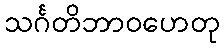
သင်္ဂတိဘာဝဟေတု